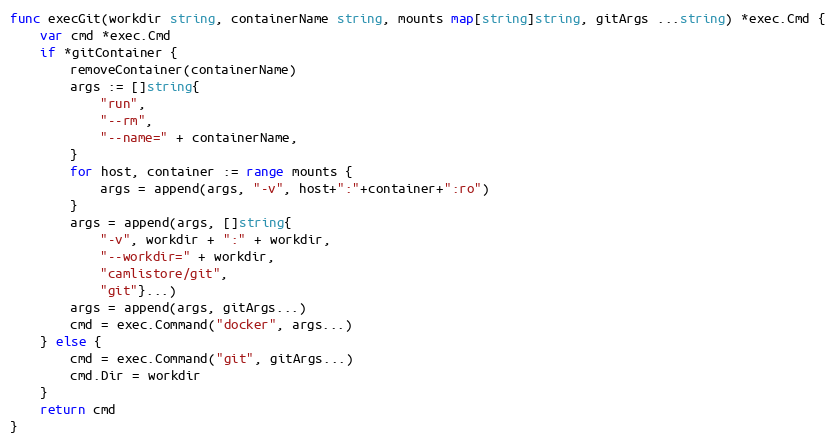
Language: Go
func execGit(workdir string, containerName string, mounts map[string]string, gitArgs ...string) *exec.Cmd {
	var cmd *exec.Cmd
	if *gitContainer {
		removeContainer(containerName)
		args := []string{
			"run",
			"--rm",
			"--name=" + containerName,
		}
		for host, container := range mounts {
			args = append(args, "-v", host+":"+container+":ro")
		}
		args = append(args, []string{
			"-v", workdir + ":" + workdir,
			"--workdir=" + workdir,
			"camlistore/git",
			"git"}...)
		args = append(args, gitArgs...)
		cmd = exec.Command("docker", args...)
	} else {
		cmd = exec.Command("git", gitArgs...)
		cmd.Dir = workdir
	}
	return cmd
}